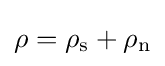
\rho =\rho _{\rm {s}}+\rho _{\rm {n}}